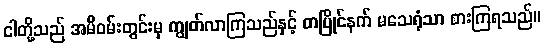
ငါတို့သည် အမိဝမ်းတွင်းမှ ကျွတ်လာကြသည်နှင့် တပြိုင်နက် မသေရုံသာ စားကြရသည်။